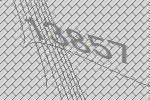
13857